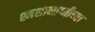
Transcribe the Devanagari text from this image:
श्मशानाग्नीच्या